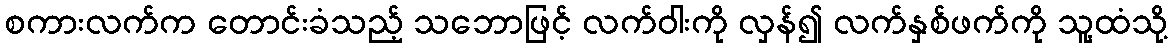
စကားလက်က တောင်းခံသည့် သဘောဖြင့် လက်ဝါးကို လှန်၍ လက်နှစ်ဖက်ကို သူ့ထံသို့